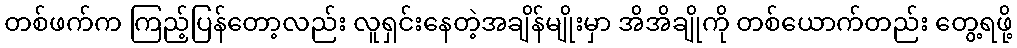
တစ်ဖက်က ကြည့်ပြန်တော့လည်း လူရှင်းနေတဲ့အချိန်မျိုးမှာ အိအိချိုကို တစ်ယောက်တည်း တွေ့ရဖို့